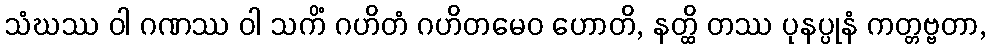
သံဃဿ ဝါ ဂဏဿ ဝါ သကိံ ဂဟိတံ ဂဟိတမေဝ ဟောတိ, နတ္ထိ တဿ ပုနပ္ပုနံ ကတ္တဗ္ဗတာ,